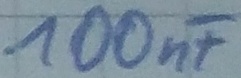
Text: 100µF